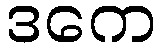
ဒကေ